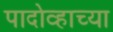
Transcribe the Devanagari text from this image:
पादोव्हाच्या